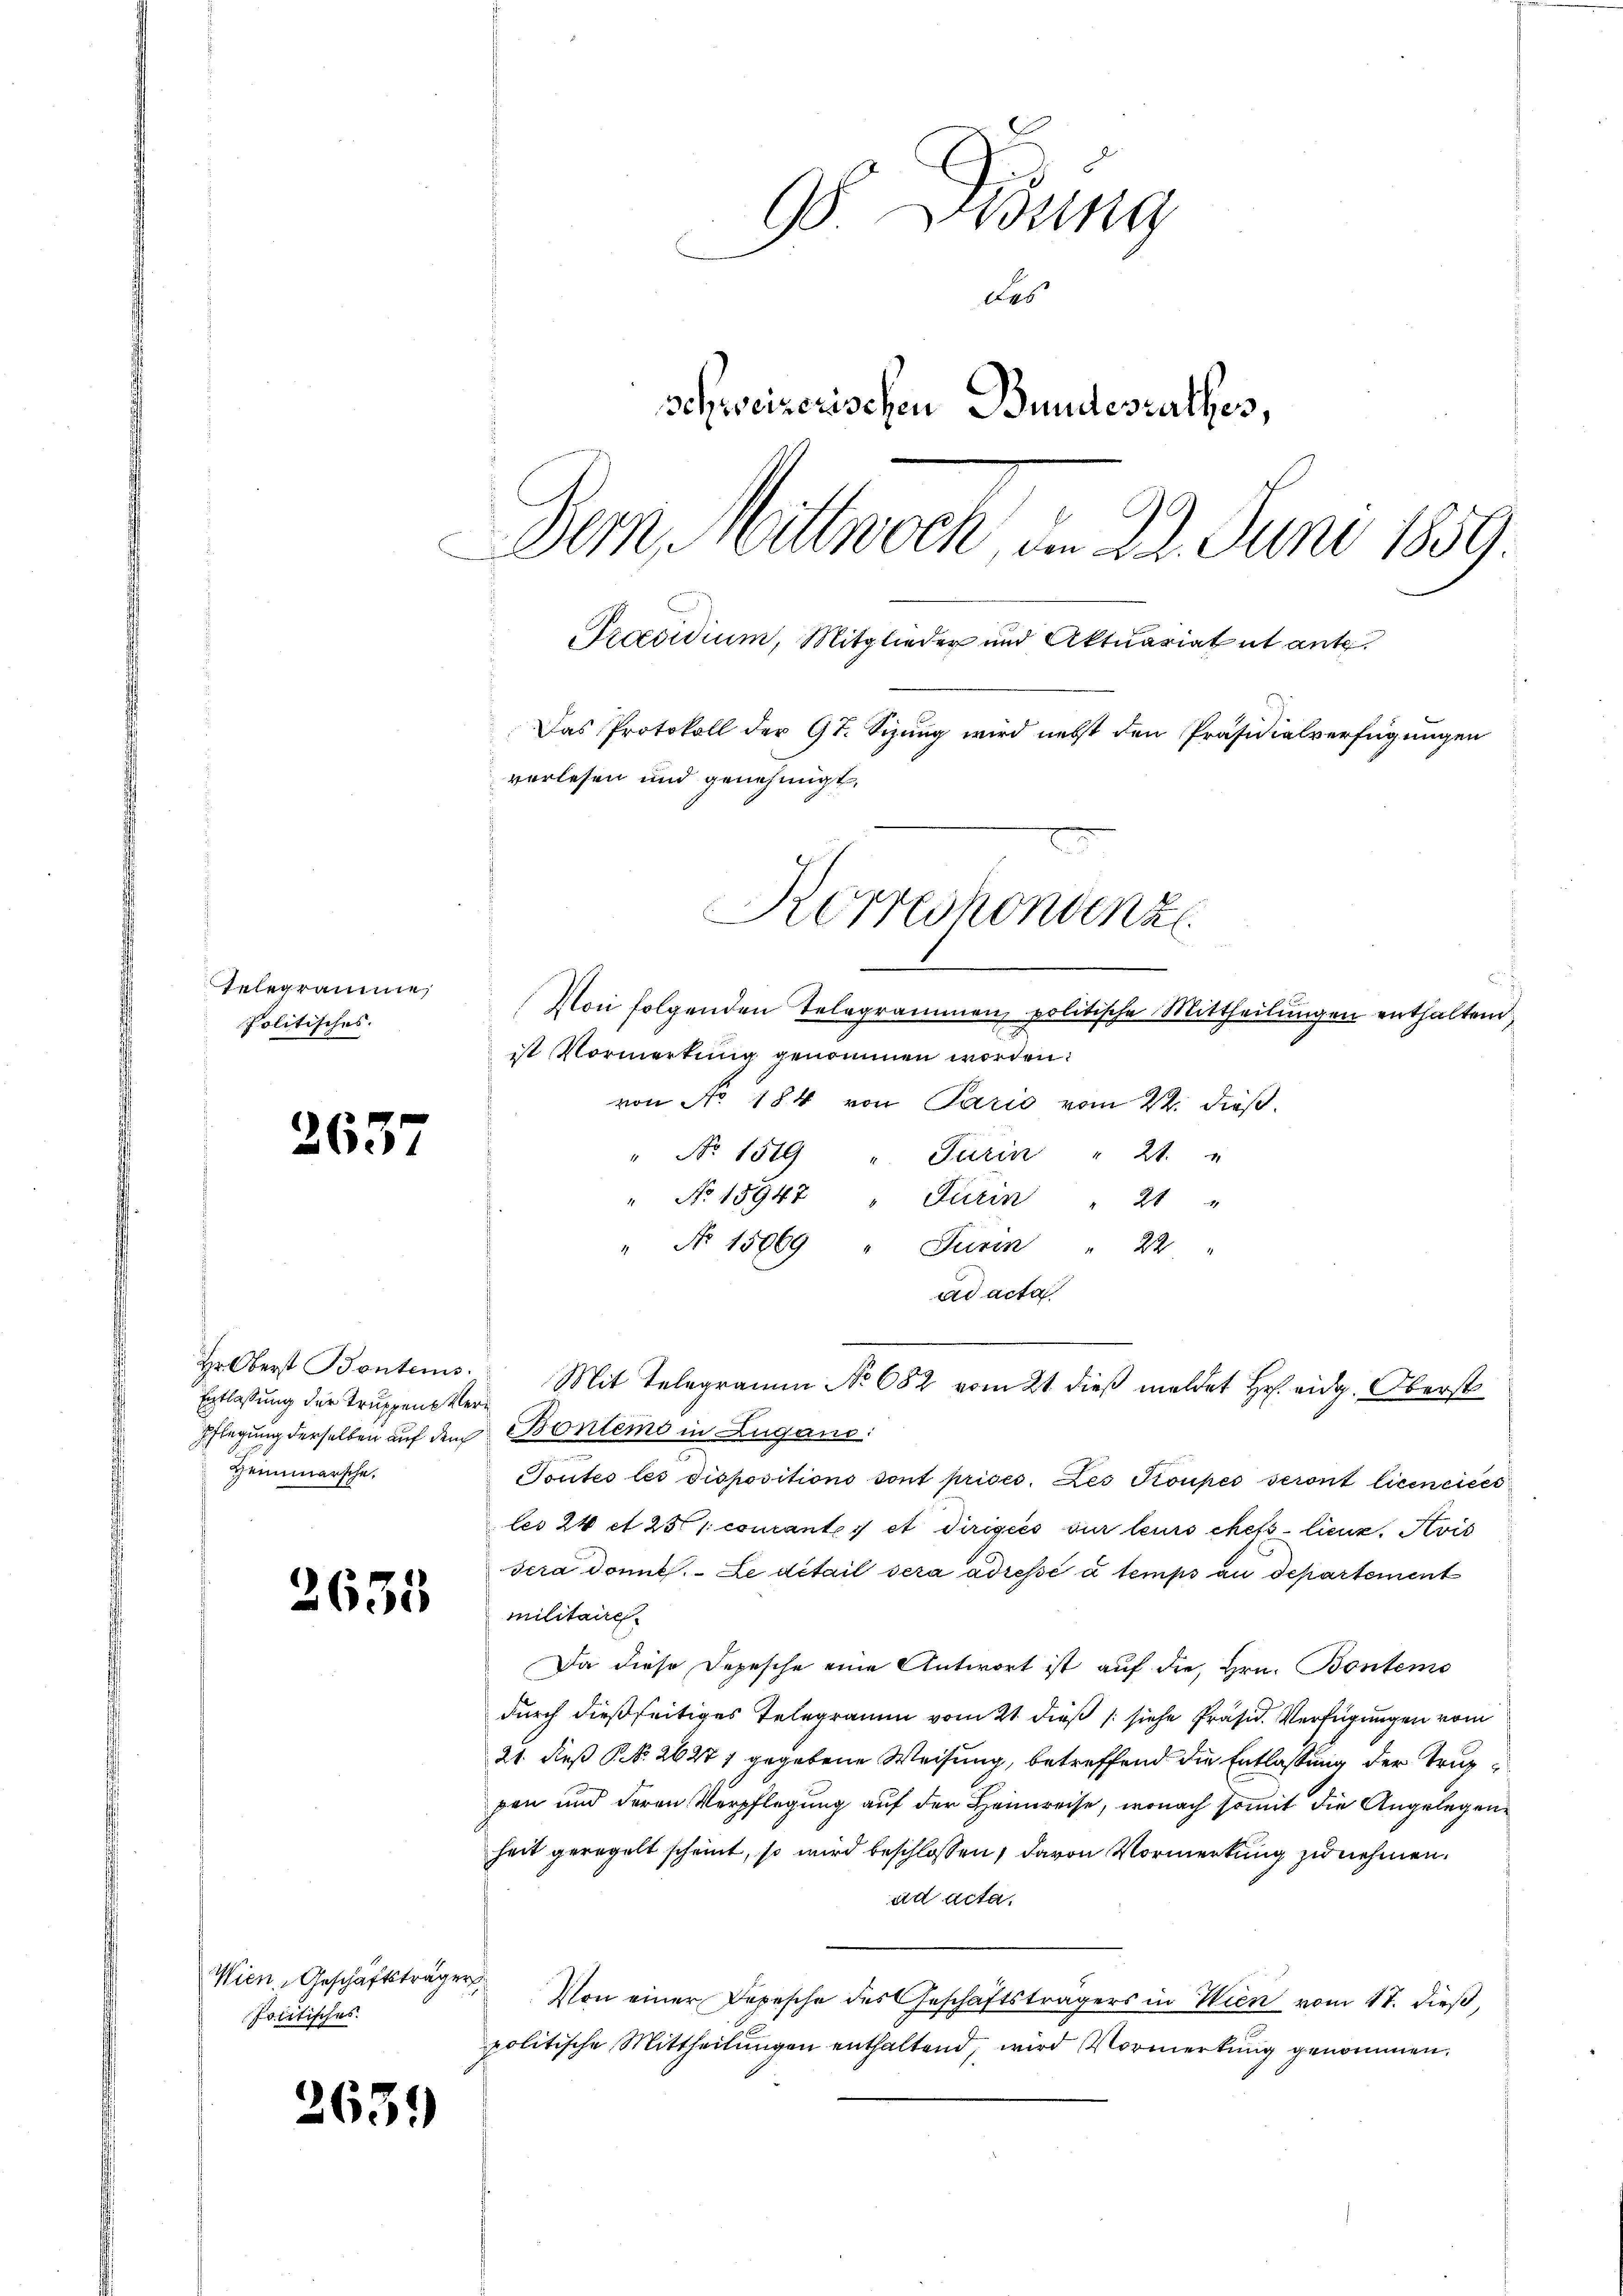
Telegrame
Politisches.

2637

Entlassung der Truppens Ver¬
Heimarsche.

2635

Wien, Geschäftsträger
Politisches.

2639)

98. Lesung
das
schweizerischen Bundesrathes,
Dem Mittwoch, am 22. Juni 1859.
Praesidium, Mitglieder und Aktuariatut ante.

Von folgenden Telegrammen politische Mittheilungen enthaltend,
ist Vormerkung genommen worden:
von No. 184 von Paris vom 22. dieß,
" No. 159 " Turin " 21. "
" No 15947 " Turin " 21 "
" No 15069 " Turin " 22. "
ad acta
Pflegung derselben auf dem Bontems in Lugano
Toutes les dispositions sont prises. Les Troupes seront licencicés
les 24 et 251 coucantes et dirigées sur leurs chefs lieuz. Avis
sera dont. Le détail sera adressé à temps an Departement
militaire
Da diese Depesche eine Antwort ist auf die Hrn. Bontens
durch dießseitiges Telegramm vom 21. dieß (siehe Präsid. Verfügungen vom
21. dieß P. N. 2627 1 gegebene Weisung, betreffend die Entlassung der Truppen und deren Verpflegung auf der Heimreise, wonach somit die Angelegenheit geregelt scheint, so wird beschlossen, davon Vormerkung zu nehmen.
ad acta.
Von einer Depesche des Geschäftsträgers in Wien vom 17. dieß,
politische Mittheilungen enthaltend, wird Vormerkung genommen.

Das Protokoll der 9t. Sizung wird nebst den Präsidialverfügungen
verlesen und genehmigt.

Korreshonanz

Hr. Oberst Bonters. Mit Telegramm No. 682 vom 21 dieβ meldet Hr. eidg. Oberst